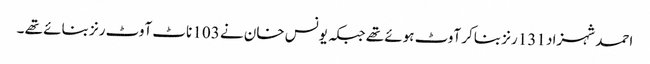
احمد شہزاد 131 رنز بناکر آوٹ ہوئے تھے جبکہ یونس خان نے 103 ناٹ آوٹ رنز بنائے تھے ۔